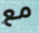
مع